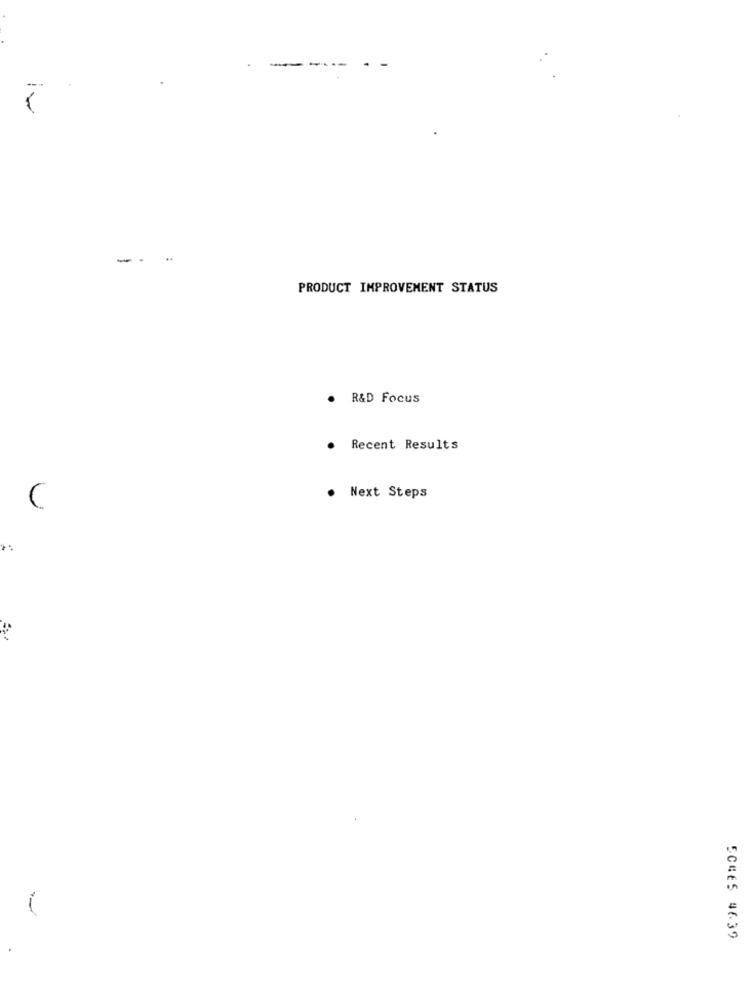
- -
PRODUCT IMPROVEMENT STATUS
R&D Focus
Recent Results
Next Steps
(
SCHES 4639